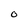
Character: O